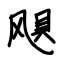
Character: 颶